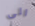
الى